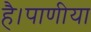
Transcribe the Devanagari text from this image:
है।पाणीया